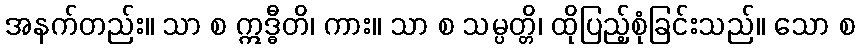
အနက်တည်း။ သာ စ ဣဒ္ဓီတိ၊ ကား။ သာ စ သမ္ပတ္တိ၊ ထိုပြည့်စုံခြင်းသည်။ သော စ